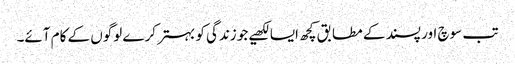
تب سوچ اور پسند کے مطابق کچھ ایسا لکھیے جو زندگی کو بہتر کرے لوگوں کے کام آئے۔